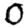
Digit: 0